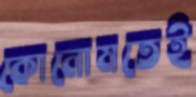
কোনোমতেই